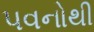
પવનોથી